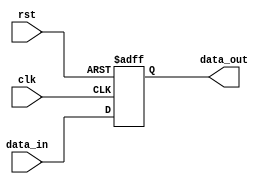
module synchronous_behavior(
    input wire clk,
    input wire rst,
    input wire [7:0] data_in,
    output reg [7:0] data_out
);

always @(posedge clk or negedge rst) begin
    if(~rst) begin
        data_out <= 8'b0;
    end else begin
        data_out <= data_in;
    end
end

endmodule